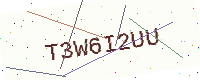
Text: T3W6I2UU